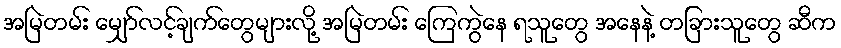
အမြဲတမ်း မျှော်လင့်ချက်တွေများလို့ အမြဲတမ်း ကြေကွဲနေ ရသူတွေ အနေနဲ့ တခြားသူတွေ ဆီက